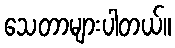
သေတာများပါတယ်။